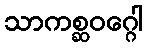
သာကစ္ဆဝဂ္ဂေါ